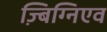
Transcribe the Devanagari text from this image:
ज़्बिग्निएव